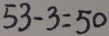
5 3 - 3 = 5 0